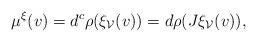
LaTeX: \begin{align*} \mu^\xi (v) = d^c\rho(\xi_\mathcal{V}(v)) = d\rho(J\xi_\mathcal{V}(v)), \end{align*}